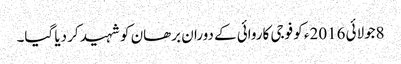
8جولائی 2016ء کو فوجی کاروائی کے دوران برھان کو شہید کر دیا گیا۔